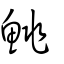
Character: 鮡